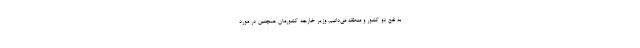
به نفع دو کشور و منطقه می‌دانیم. وزیر خارجه کشورمان همچنین در مورد